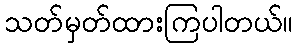
သတ်မှတ်ထားကြပါတယ်။